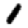
Digit: 1